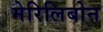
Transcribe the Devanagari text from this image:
मेरिलिबोन